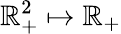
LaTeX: \mathbb{R}_{+}^{2}\mapsto\mathbb{R}_{+}